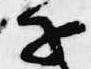
子